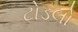
ટોડલો